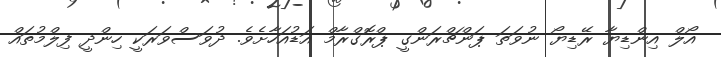
އޯލް އިންޑިޔާ ރޭޑިޔޯ ނުވަތަ ޕަންޗްރަންގީ ޕްރޮގްރާމް އަޑުއަހާށެވެ. ދުވަސްވަރަކީ ހިންދީ ފިލްމުތައް